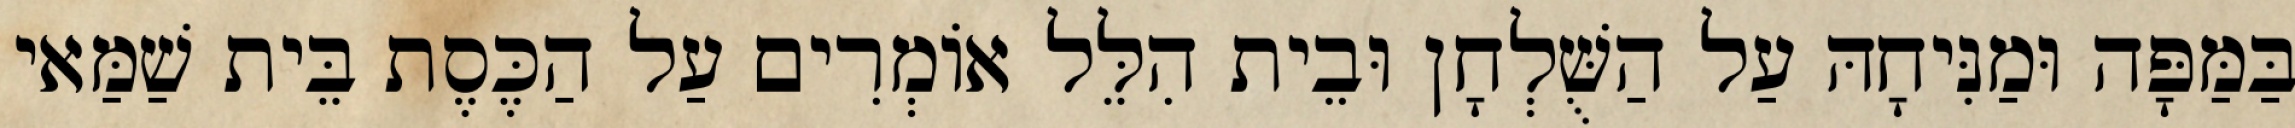
בַּמַּפָּה וּמַנִּיחָהּ עַל הַשֻּׁלְחָן וּבֵית הִלֵּל אוֹמְרִים עַל הַכֶּסֶת בֵּית שַׁמַּאי